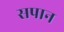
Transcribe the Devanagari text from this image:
सपान